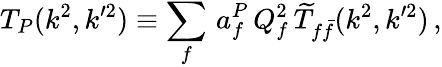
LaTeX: T_{P}(k^{2},k^{\prime 2})\equiv\sum_{f}\, a_{f}^{P}\, Q_{f}^{2}\, {\widetilde T}_{f\bar{f}}(k^{2},k^{\prime 2})\, ,